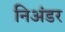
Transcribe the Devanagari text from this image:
निअंडर